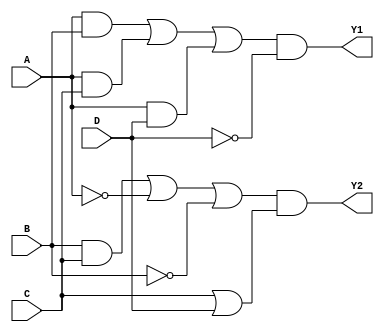
module combinational_logic_block (
    input wire A,  // Input A
    input wire B,  // Input B
    input wire C,  // Input C
    input wire D,  // Input D
    output wire Y1, // Output Y1
    output wire Y2  // Output Y2
);

// Intermediate signals for multi-level logic simplifications
wire AB;      // Intermediate signal for A AND B
wire AC;      // Intermediate signal for A AND C
wire BC;      // Intermediate signal for B AND C
wire AD;      // Intermediate signal for A AND D
wire BD;      // Intermediate signal for B AND D
wire CD;      // Intermediate signal for C AND D
wire notA;    // NOT A
wire notB;    // NOT B
wire notC;    // NOT C
wire notD;    // NOT D

// Step 1: Generate intermediate signals
assign notA = ~A;
assign notB = ~B;
assign notC = ~C;
assign notD = ~D;

assign AB = A & B;      // A AND B
assign AC = A & C;      // A AND C
assign AD = A & D;      // A AND D
assign BC = B & C;      // B AND C
assign BD = B & D;      // B AND D
assign CD = C & D;      // C AND D

// Step 2: Implement the simplified logic expressions
// Example simplified logic for outputs Y1 and Y2
assign Y1 = (AB | AC | AD) & notD; // Example expression for Y1
assign Y2 = (BC | notA | notB) & (C | D); // Example expression for Y2

endmodule